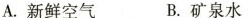
A.新鲜空气 B.矿泉水